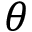
\theta